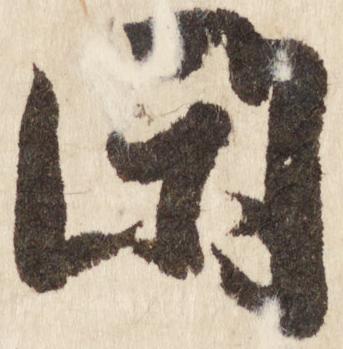
閑